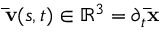
\mathbf { \bar { v } } ( s , t ) \in \mathbb { R } ^ { 3 } = \partial _ { t } \mathbf { \bar { x } }